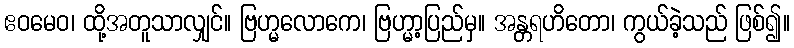
ဧဝမေဝ၊ ထို့အတူသာလျှင်။ ဗြဟ္မလောကေ၊ ဗြဟ္မာ့ပြည်မှ။ အန္တရဟိတော၊ ကွယ်ခဲ့သည် ဖြစ်၍။